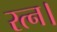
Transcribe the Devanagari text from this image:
रत्न।